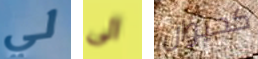
لي الى كحيوان